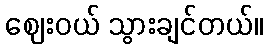
ဈေးဝယ် သွားချင်တယ်။